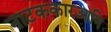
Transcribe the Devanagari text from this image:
नाटककारआणि